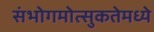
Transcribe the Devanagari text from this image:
संभोगमोत्सुकतेमध्ये